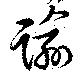
踰